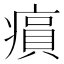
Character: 𤸫